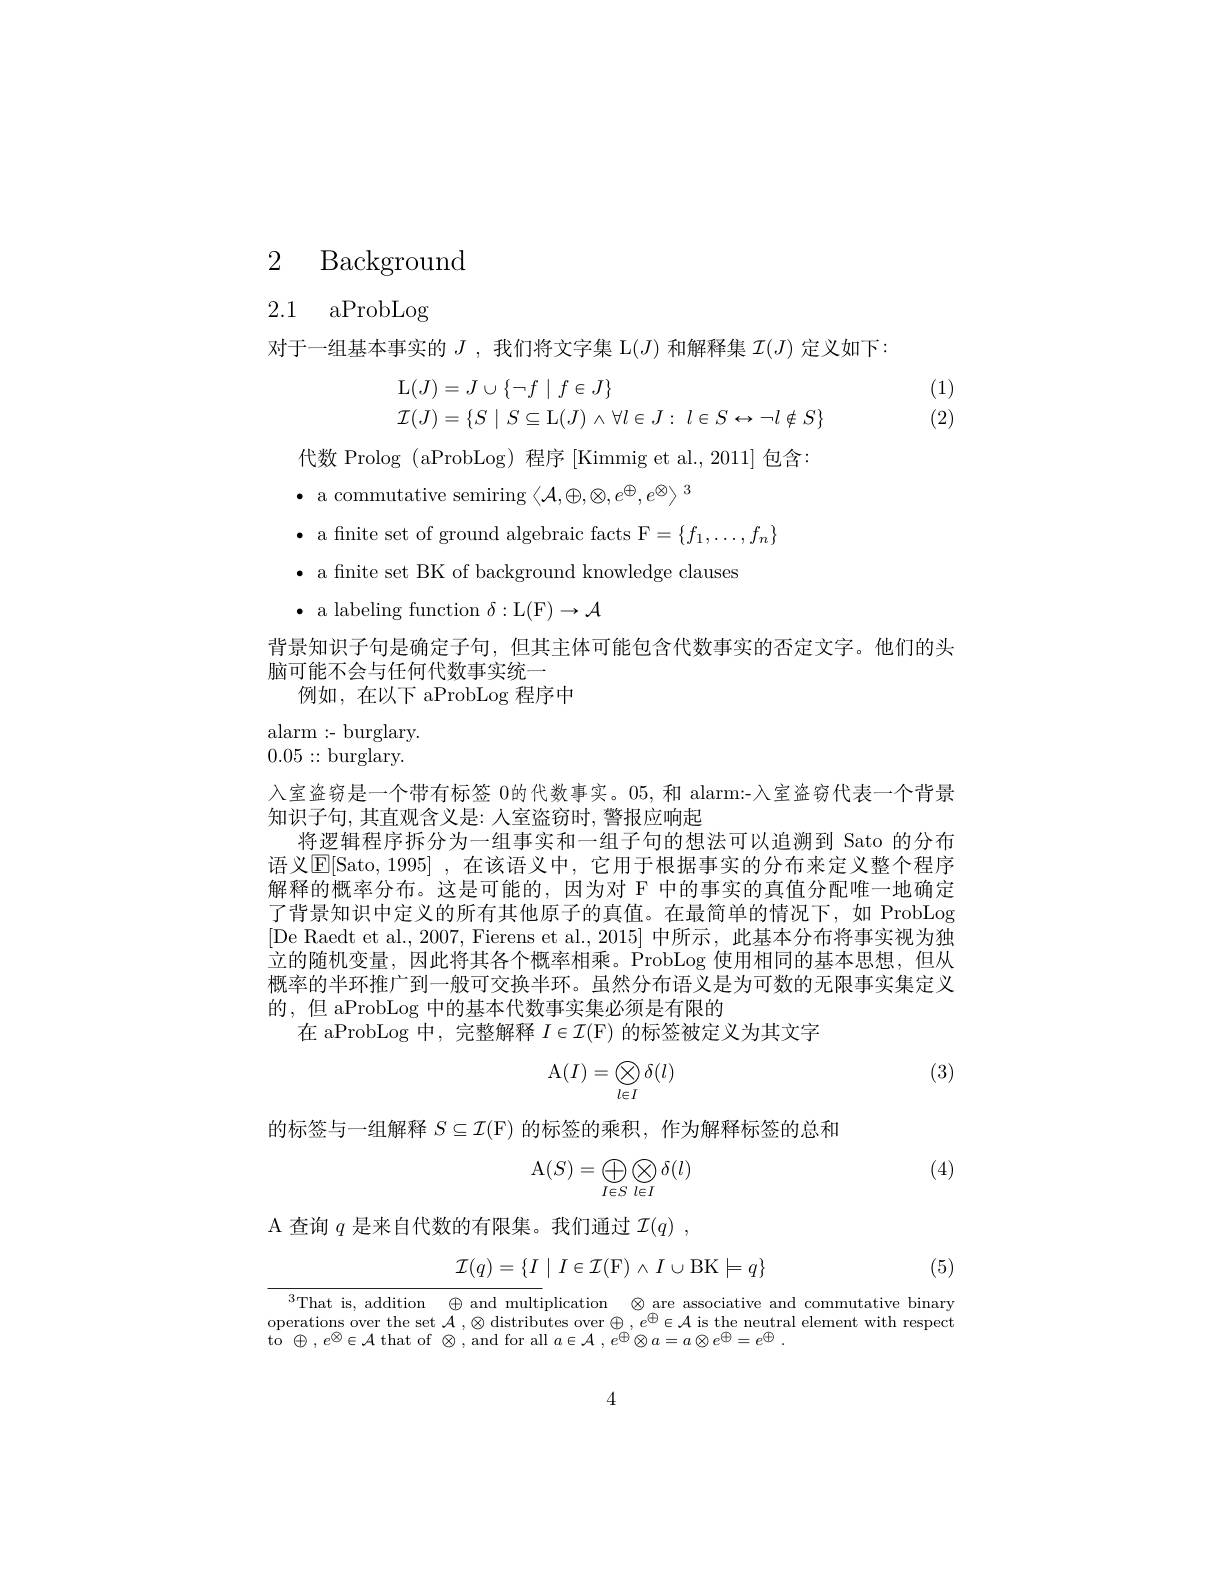
2 Background

2.1 aProbLog

对于一组基本事实的$J$ ,我们将文字集 L$(J)$和解释集$\mathcal{I}(J)$定义如下：
$$\begin{aligned}\operatorname{L}(J)&=J\cup\{\neg f\mid f\in J\}\\\mathcal{I}(J)&=\{S\mid S\subseteq\operatorname{L}(J)\land\forall l\in J:\:l\in S\leftrightarrow\neg l\notin S\}\end{aligned}$$
(1) (2)

代数 Prolog (aProbLog) 程序[Kimmig et al., 2011]包含：
$\bullet$ a commutative semiring $\langle\mathcal{A},\oplus,\otimes,e^\oplus,e^\otimes\rangle^3$
$\bullet$ a fnite set of ground algebraic facts F$=\{f_1,\ldots,f_n\}$
· a fnite set BK of background knowledge clauses
$\bullet$ a labeling function $\delta:\mathcal{L}(\mathcal{F})\to\mathcal{A}$

背景知识子句是确定子句，但其主体可能包含代数事实的否定文字。他们的头

脑可能不会与任何代数事实统一

例如，在以下 aProbLog 程序中

alarm :- burglary. 0.05::burglary.

入室盗窃是一个带有标签 0的代数事实。05, 和 alarm:-入室盗窃代表一个背景
知识子句，其直观含义是：人室盗窃时，警报应响起
将逻辑程序拆分为一组事实和一组子句的想法可以追溯到 Sato 的分布语义$\operatorname{E}[$Sato, 1995] ,在该语义中，它用于根据事实的分布来定义整个程序解释的概率分布。这是可能的，因为对 F 中的事实的真值分配唯一地确定了背景知识中定义的所有其他原子的真值。在最简单的情况下，如 ProbLog [De Raedt et al., 2007, Fierens et al., 2015] 中所示，此基本分布将事实视为独立的随机变量，因此将其各个概率相乘。ProbLog 使用相同的基本思想，但从概率的半环推广到一般可交换半环。虽然分布语义是为可数的无限事实集定义的，但 aProbLog 中的基本代数事实集必须是有限的
在 aProbLog 中，完整解释$I\in\mathcal{I}(\mathcal{F})$的标签被定义为其文字

(3)
$$\mathrm A(I)=\bigotimes\limits_{l\in I}\delta(l)$$
的标签与一组解释$S\subseteq\mathcal{I}(\mathcal{F})$的标签的乘积，作为解释标签的总和
$$\mathrm A(S)=\bigoplus_{I\in S}\bigotimes_{l\in I}\delta(l)$$
(4)

A 查询$q$是来自代数的有限集。我们通过$\mathcal{I} ( q)$ ,
$$\mathcal{I}(q)=\{I\mid I\in\mathcal{I}(\mathrm{F})\land I\cup\mathrm{BK}\models q\}$$
$\frac{\text{That is, addition}\:\oplus\mathrm{~and~multiplication}\:\otimes\mathrm{~are~associative~and~commutative~binary}}{\text{That is, addition}\:\oplus\mathrm{~and~multiplication}\:\otimes\mathrm{~are~associative~and~commutative~binary}}$

(5)

operations over the set $\mathcal{A}$ ,$\otimes$ distributes over $\oplus,e^\oplus\in\mathcal{A}$ is the neutral element with respect
to $\oplus$ $, e^{\otimes }\in \mathcal{A}$ that of $\otimes$, and for all $a\in \mathcal{A}$ , $e^{\oplus }\otimes a= a\otimes e^{\oplus }= e^{\oplus }$ .

4